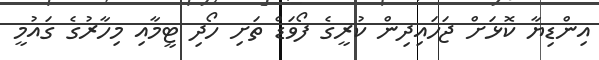
އިންޑިޔާ ކޮޅަށް ޖަހައިދިން ކުރީގެ ފޯވަޑް ތަށި ހޯދި ޓީމާއި މިހާރުގެ ގައުމީ